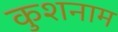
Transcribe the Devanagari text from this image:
कुशनाम